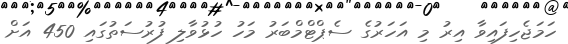
ހަމަޖެހިފައިވާ އިރު މި އަހަރުގެ ސެޕްޓްމްބަރު މަހު ހުޅުވާލި ފުރުސަތުގައި 450 އަށް